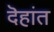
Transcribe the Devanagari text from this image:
दॆहांत